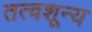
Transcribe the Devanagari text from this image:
तत्वशून्य